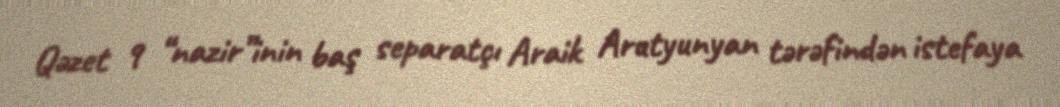
Qəzet 9 “nazir”inin baş separatçı Araik Arutyunyan tərəfindən istefaya